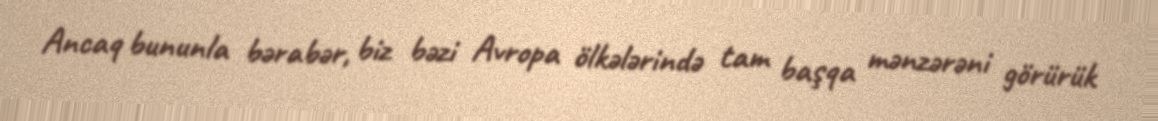
Ancaq bununla bərabər, biz bəzi Avropa ölkələrində tam başqa mənzərəni görürük